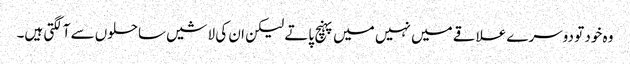
وہ خود تو دوسرے علاقے میں نہیں میں پہنچ پاتے لیکن ان کی لاشیں ساحلوں سے آلگتی ہیں۔